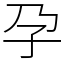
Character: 孕